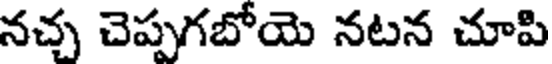
నచ్చ చెప్పగబోయె నటన చూపి